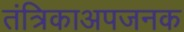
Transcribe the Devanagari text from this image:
तंत्रिकाअपजनक